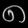
Digit: ၈